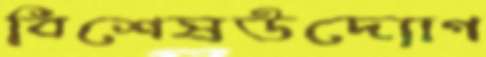
বিশেষউদ্যোগ